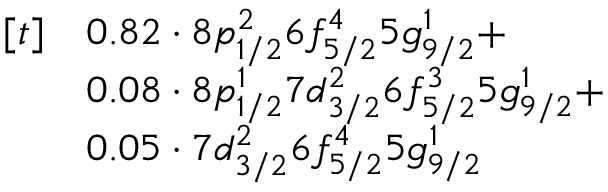
\begin{array} { r l } { [ t ] } & { 0 . 8 2 \cdot 8 p _ { 1 / 2 } ^ { 2 } 6 f _ { 5 / 2 } ^ { 4 } 5 g _ { 9 / 2 } ^ { 1 } + } \\ & { 0 . 0 8 \cdot 8 p _ { 1 / 2 } ^ { 1 } 7 d _ { 3 / 2 } ^ { 2 } 6 f _ { 5 / 2 } ^ { 3 } 5 g _ { 9 / 2 } ^ { 1 } + } \\ & { 0 . 0 5 \cdot 7 d _ { 3 / 2 } ^ { 2 } 6 f _ { 5 / 2 } ^ { 4 } 5 g _ { 9 / 2 } ^ { 1 } } \end{array}